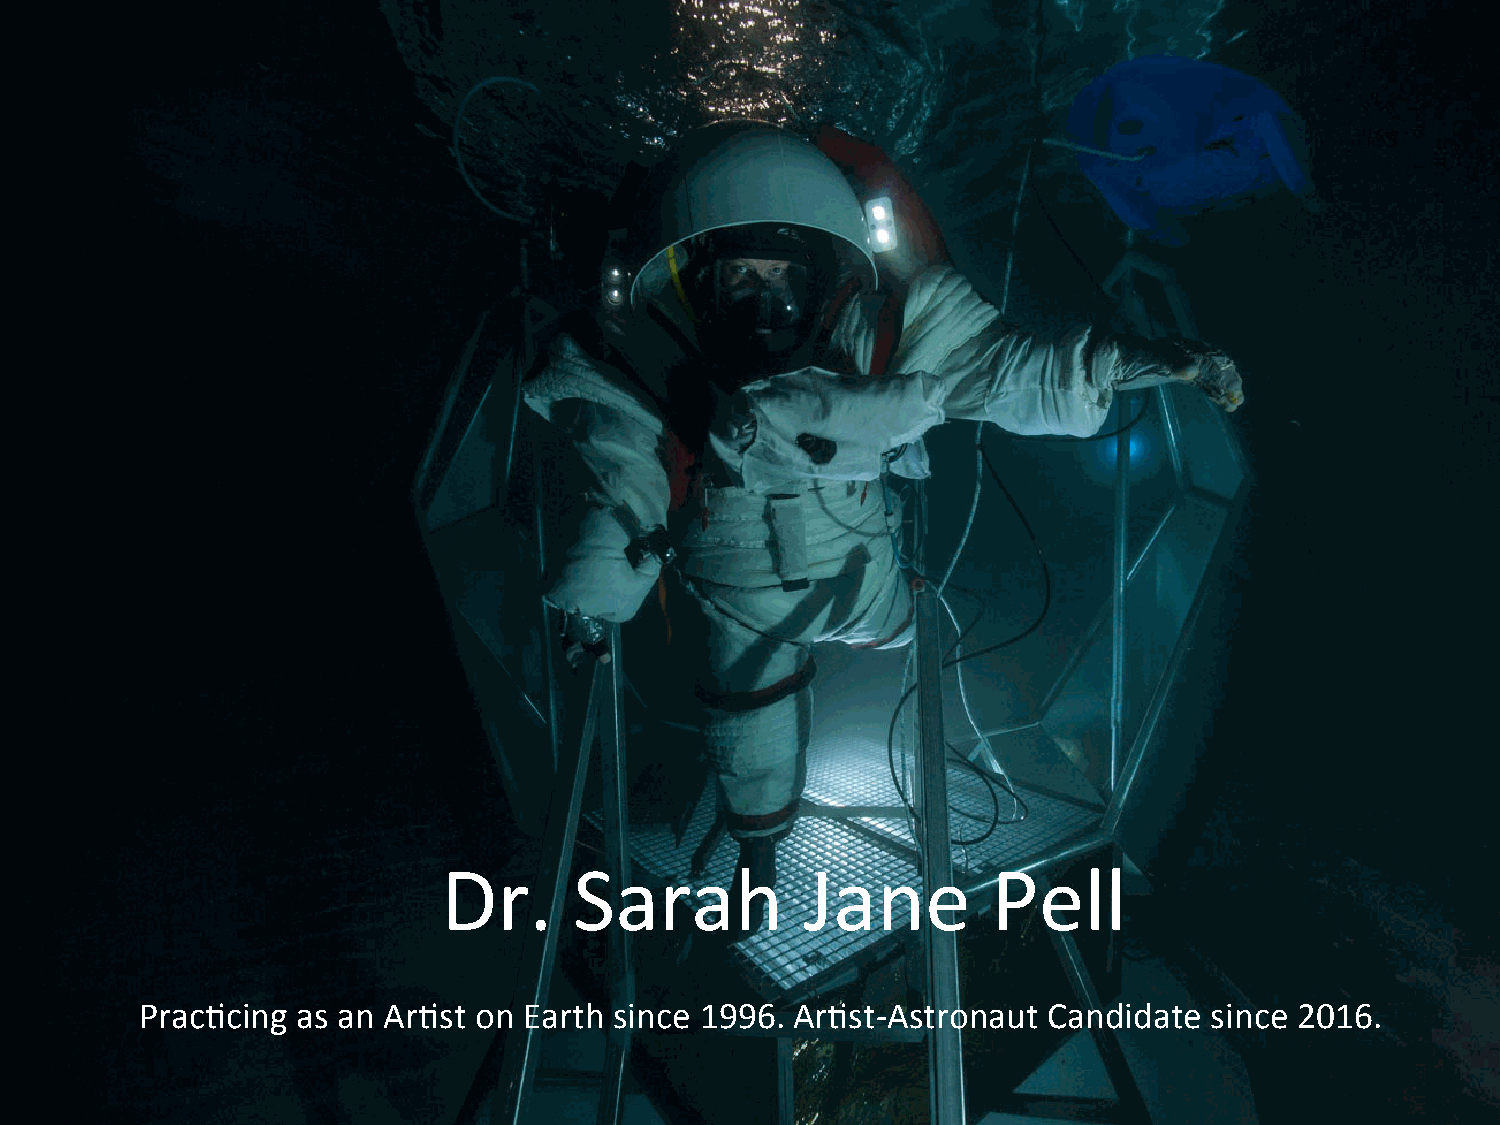
Dr.      Sarah          Jane         Pell
 Prac%cing  as an Ar%st on Earth since 1996. Ar%st-Astronaut Candidate  since 2016.